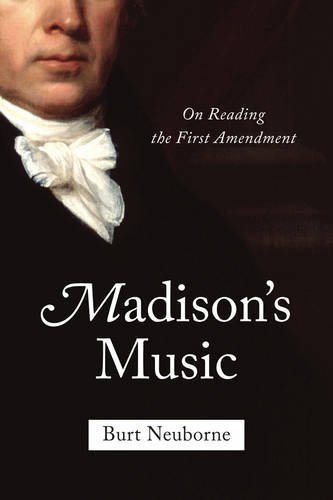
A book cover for Madison's Music: On Reading the First Amendment; Burt Neuborne; Law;